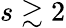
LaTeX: s\gtrsim 2